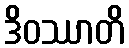
ဒိဝဿာတိ